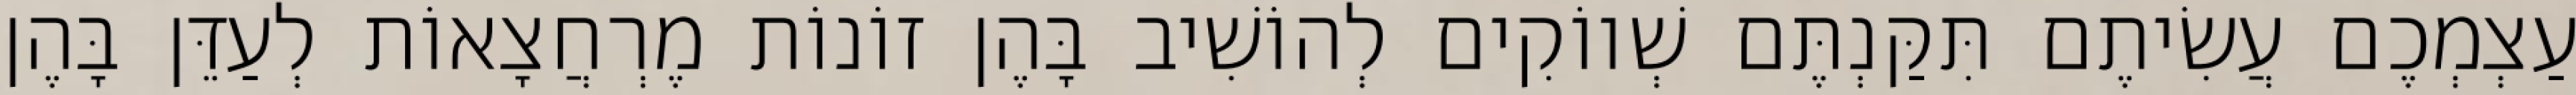
עַצְמְכֶם עֲשִׂיתֶם תִּקַּנְתֶּם שְׁווֹקִים לְהוֹשִׁיב בָּהֶן זוֹנוֹת מֶרְחֲצָאוֹת לְעַדֵּן בָּהֶן